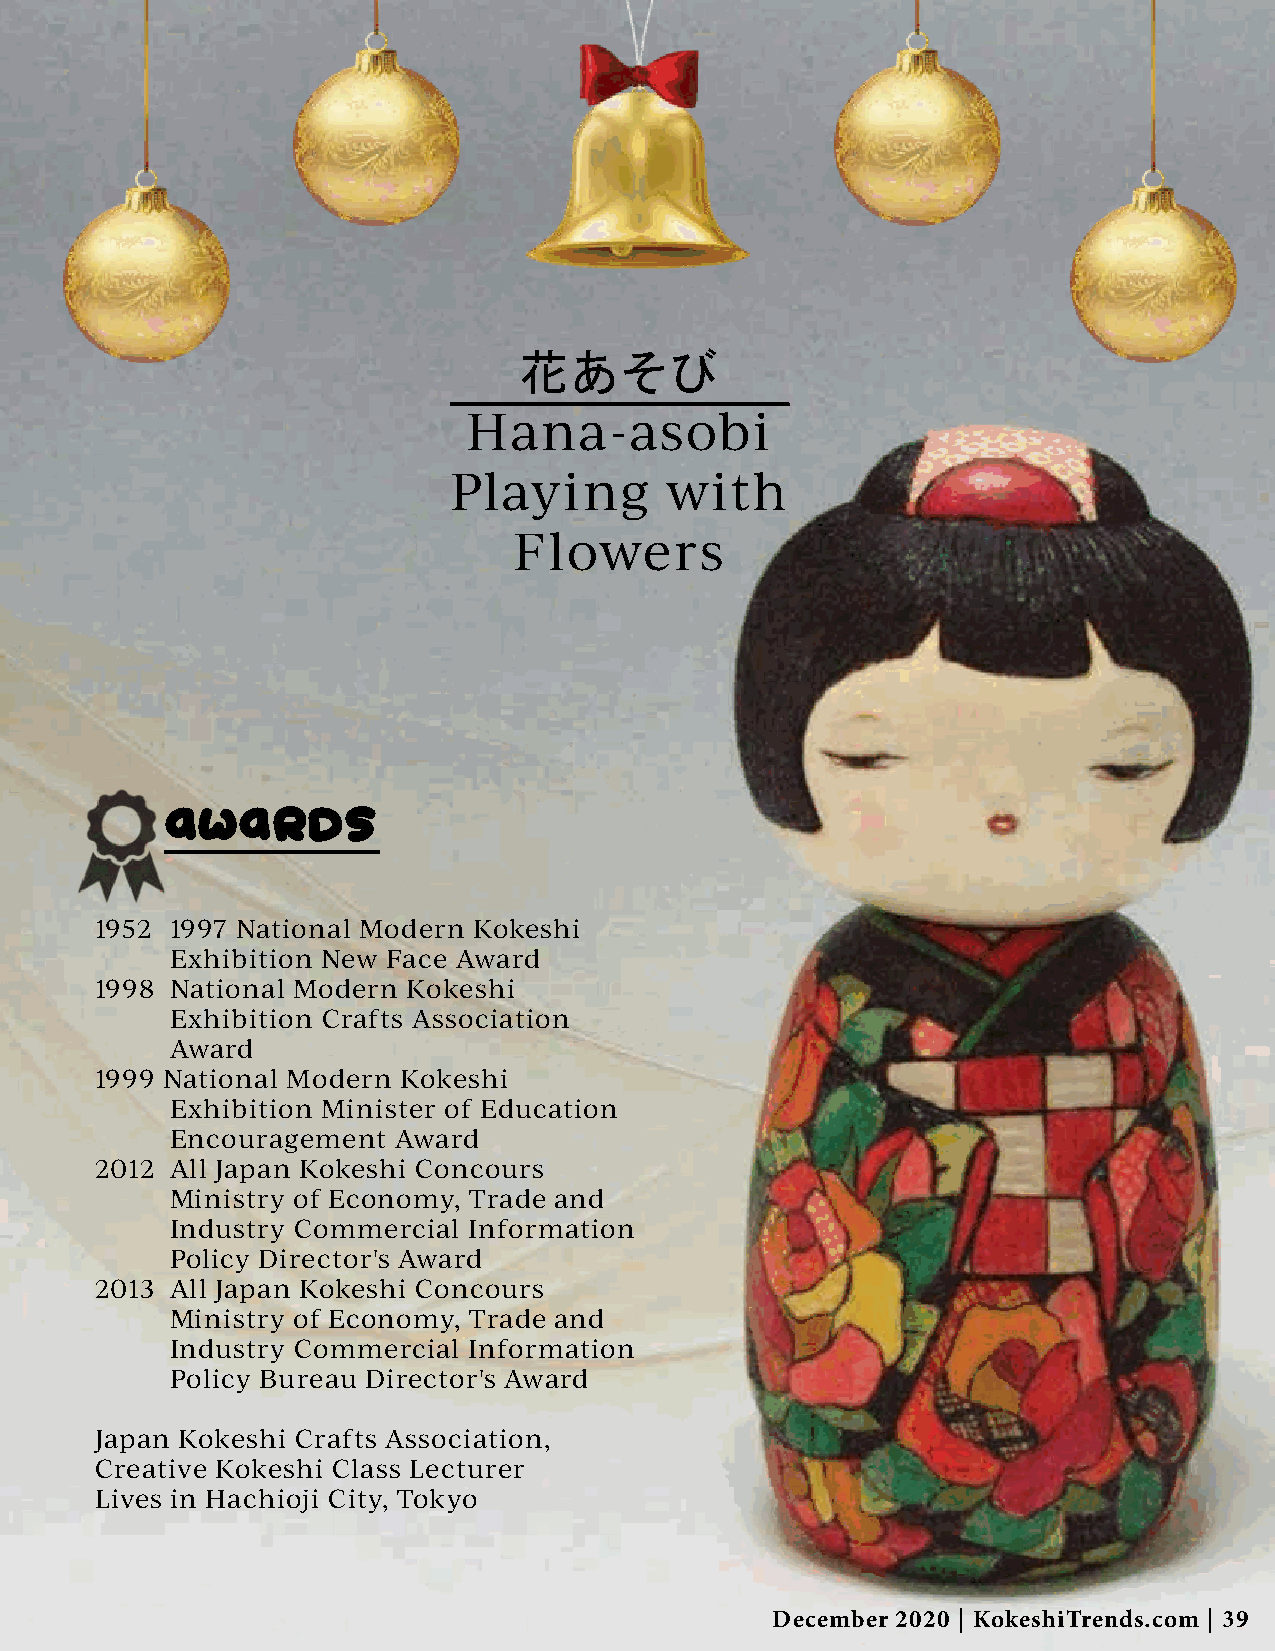
花あそび
 Hana-asobi
 Playing       with
 Flowers
 aWaRDS
 1952 1997 National Modern Kokeshi
 Exhibition New Face Award
 1998 National Modern Kokeshi
 Exhibition Crafts Association
 Award
 1999 National Modern Kokeshi
 Exhibition Minister of Education
 Encouragement  Award
 2012 All Japan Kokeshi Concours
 Ministry of Economy, Trade and
 Industry Commercial Information
 Policy Director's Award
 2013 All Japan Kokeshi Concours
 Ministry of Economy, Trade and
 Industry Commercial Information
 Policy Bureau Director's Award
 Japan Kokeshi Crafts Association,
 Creative Kokeshi Class Lecturer
 Lives in Hachioji City, Tokyo
 December 2020 | KokeshiTrends.com | 39